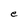
Character: e